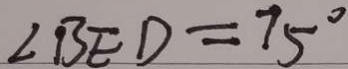
\angle B E D = 7 5 ^ { \circ }